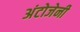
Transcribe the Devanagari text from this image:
अंटोजेनी